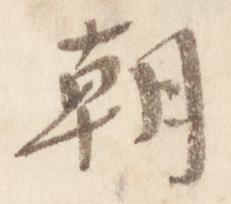
朝